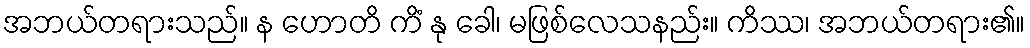
အဘယ်တရားသည်။ န ဟောတိ ကိံ နု ခေါ၊ မဖြစ်လေသနည်း။ ကိဿ၊ အဘယ်တရား၏။